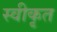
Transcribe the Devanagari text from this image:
स्वीकृत